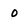
Character: o